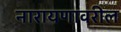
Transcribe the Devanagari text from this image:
नारायणावरील